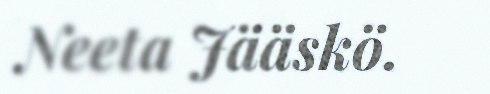
Neeta Jääskö.